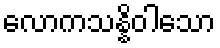
လောကသန္နိဝါသော